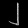
Digit: ၂